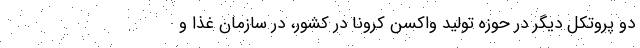
دو پروتکل دیگر در حوزه تولید واکسن کرونا در کشور، در سازمان غذا و